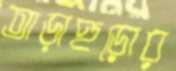
তাড়াহুড়োর